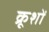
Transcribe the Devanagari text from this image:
क्रूशों